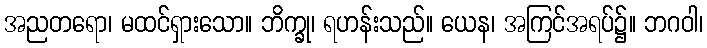
အညတရော၊ မထင်ရှားသော။ ဘိက္ခု၊ ရဟန်းသည်။ ယေန၊ အကြင်အရပ်၌။ ဘဂဝါ၊